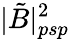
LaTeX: |\tilde{B}|_{psp}^{2}